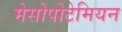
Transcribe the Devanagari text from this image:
मेसोपोटेमियन